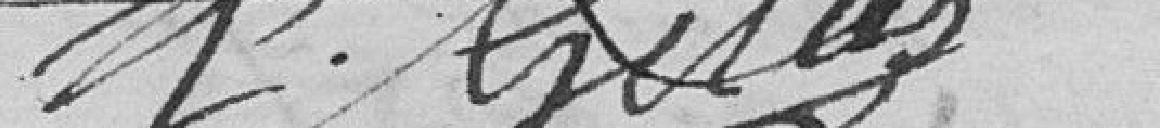
J. GILLLEZ ??